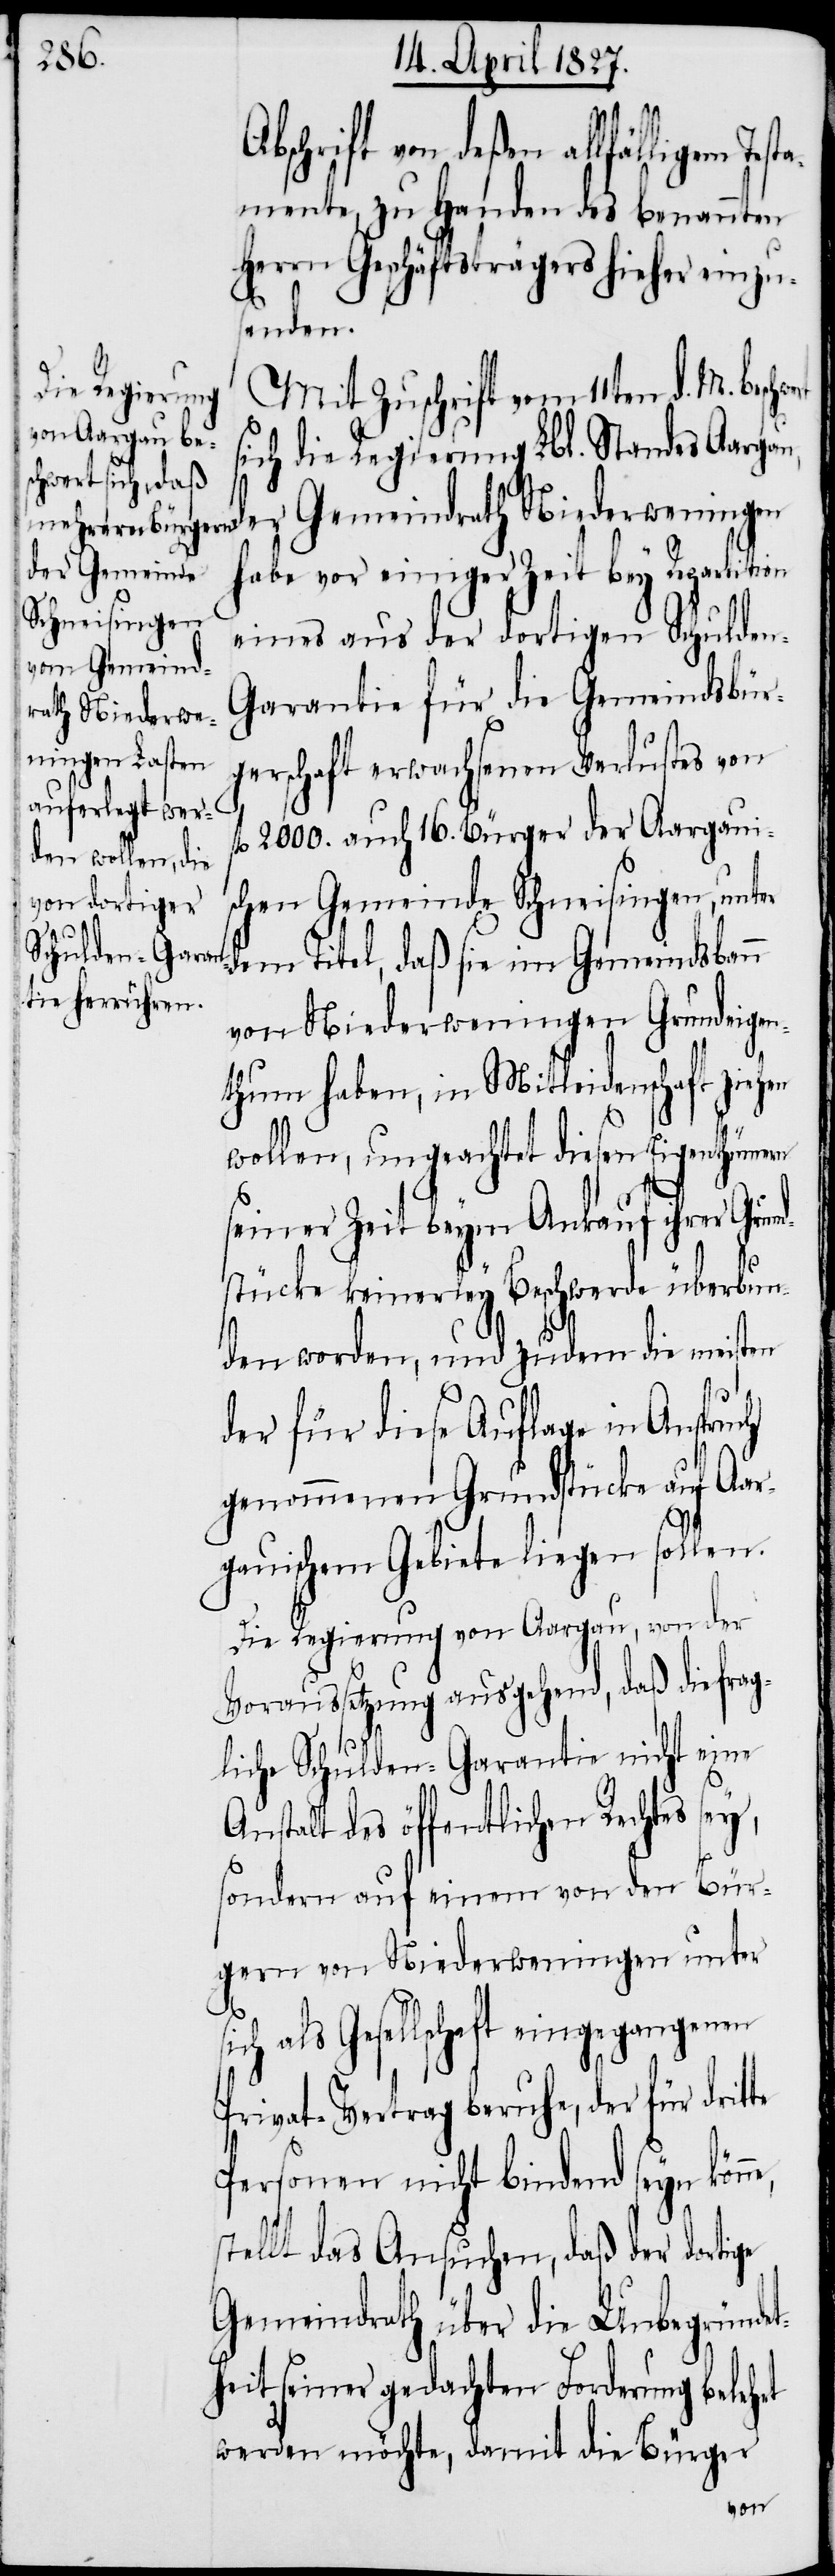
e,

bschrift von deßen allfälligem Test¬
amente, zu Handen des benannten
Herrn Geschäftsträgers hieher einzu¬
f¬
senden.
Mit Zuschrift vom 11ten d. M. besch¬
sich die Regierung Lbl. Standes Aargau,
der Gemeindrath Niederweningen
habe vor einiger Zeit bey Repartition
eines aus der dortigen Schulde¬
arantie für die Gemeindsbür¬
gerschaft erwachsenen Verlustes von
l. 2000. auch 16. Bürger der Aargaui¬
schen Gemeinde Schneisingen, unter
dem Titel, daß sie im Gemeindsbann
von Niederweningen Grundeigen¬
thum haben, in Mitleidenschaft ziehen
wollen, ungeachtet diesen Eigenthümern
seiner Zeit beym Ankauf ihrer Grun¬
stücke keinerley Beschwerde überbun¬
den worden, und zudem die meisten
der für diese Auflage in Anspruch
genommenen Grundstücke auf Aar¬
gauischem Gebiete liegen sollen.
Die Regierung von Aargau, von der
Voraussetzung ausgehend, daß die frag¬
liche Schulden-Garantie nicht eine
Anstalt des öffentlichen Rechtes sey,
sondern auf einem von den Bür¬
gern von Niederweningen unter
ich als Gesellschaft eingegangenen
Privat-Vertrag beruhe, der für drit¬
Personen nicht bindend seyn könn¬
stellt das Ansuchen, daß der dortige
Gemeindrath über die Unbegründet¬
heit seiner gedachten Forderung belehrt
werden möchte, damit die Bürger